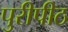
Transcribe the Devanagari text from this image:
पुरीपीठ